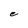
Character: e